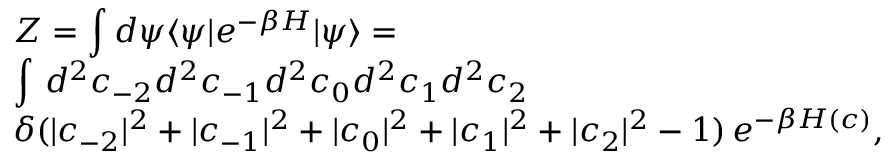
\begin{array} { l } { \displaystyle { \cal Z } = \int d \psi \langle \psi | e ^ { - \beta H } | \psi \rangle = } \\ { \displaystyle \int \, d ^ { 2 } c _ { - 2 } d ^ { 2 } c _ { - 1 } d ^ { 2 } c _ { 0 } d ^ { 2 } c _ { 1 } d ^ { 2 } c _ { 2 } \, } \\ { \displaystyle \delta ( | c _ { - 2 } | ^ { 2 } + | c _ { - 1 } | ^ { 2 } + | c _ { 0 } | ^ { 2 } + | c _ { 1 } | ^ { 2 } + | c _ { 2 } | ^ { 2 } - 1 ) \, e ^ { - \beta H ( c ) } , } \end{array}